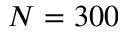
N = 3 0 0